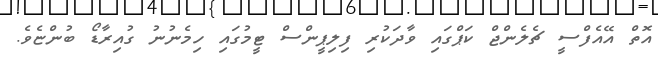
އޮތް އޭއެފްސީ ޗެލެންޖް ކަޕްގައި ވާދަކުރި ފިލިޕީންސް ޓީމުގައި ހިމެނުނު ގުއިރާޑޯ ބުންޏެވެ.